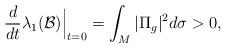
LaTeX: \begin{align*} \frac{d}{dt}\lambda_1(\mathcal B)\Big|_{t=0}=\int_{M} |\Pi_{g}|^2d\sigma>0, \end{align*}